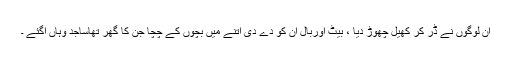
ان لوگوں نے ڈر کر کھیل چھوڑ دیا ، بیٹ اوربال ان کو دے دی اتنے میں بچوں کے چچا جن کا گھر تھاساجد وہاں آگئے ۔